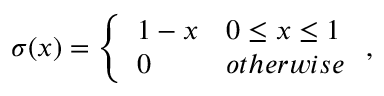
\sigma ( x ) = \left\{ \begin{array} { l l } { 1 - x } & { 0 \leq x \leq 1 } \\ { 0 } & { o t h e r w i s e } \end{array} \right. ,